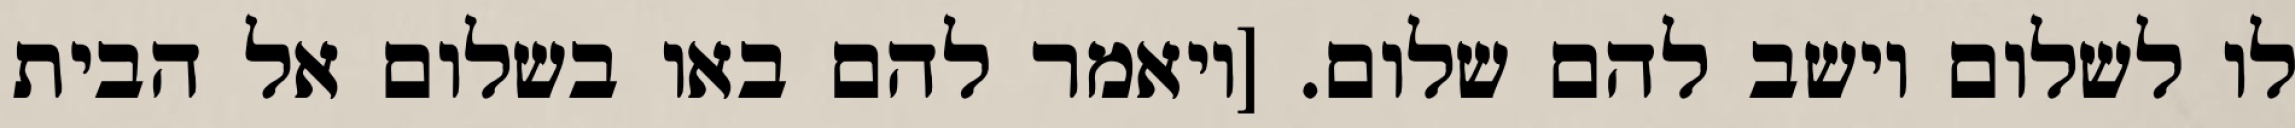
לו לשלום וישב להם שלום. [ויאמר להם באו בשלום אל הבית